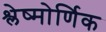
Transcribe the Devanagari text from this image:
श्लेष्मोर्णिक